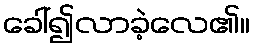
ခေါ်၍လာခဲ့လေ၏။